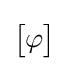
\textstyle {\begin{bmatrix}\varphi \end{bmatrix}}